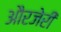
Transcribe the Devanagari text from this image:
औरजेरी